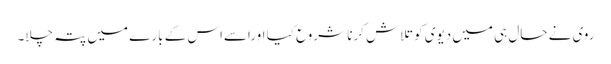
روی نے حال ہی میں دیوی کو تلاش کرنا شروع کیا اوراسےاس کے بارے میں پتہ چلا۔